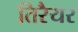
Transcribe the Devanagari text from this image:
तिरैयर